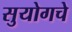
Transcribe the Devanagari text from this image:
सुयोगचे